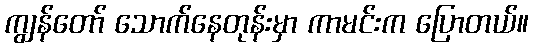
ကျွန်တော် သောက်နေတုန်းမှာ ကာမင်းက ပြောတယ်။